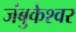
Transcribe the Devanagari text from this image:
जंबुकेश्‍वर